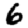
Digit: 6